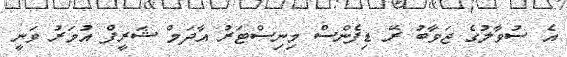
އެ ސުވާލުގެ ޖަވާބު ރޭ ޑިފެންސް މިނިސްޓަރު އާދަމް ޝަރީފް އުމަރު ވަނީ